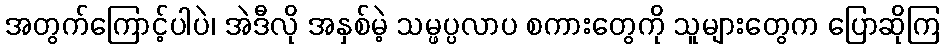
အတွက်ကြောင့်ပါပဲ၊ အဲဒီလို အနှစ်မဲ့ သမ္ဖပ္ပလာပ စကားတွေကို သူများတွေက ပြောဆိုကြ